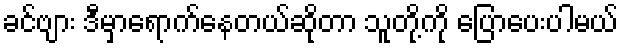
ခင်ဗျား ဒီမှာရောက်နေတယ်ဆိုတာ သူတို့ကို ပြောပေးပါမယ်